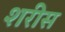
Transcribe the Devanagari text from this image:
शरीस